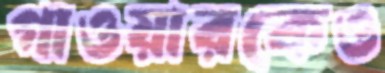
গাওয়ারকেও